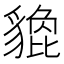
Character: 𧴀